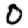
Digit: 0